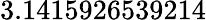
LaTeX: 3.1415926539214